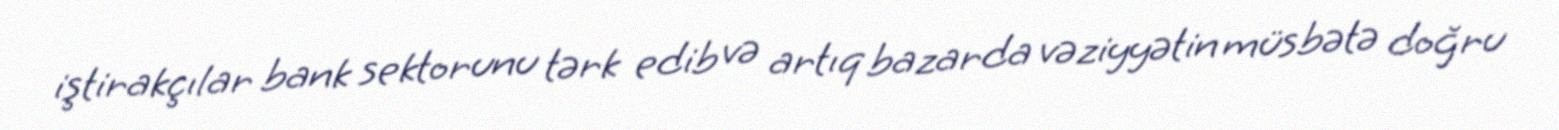
iştirakçılar bank sektorunu tərk edib və artıq bazarda vəziyyətin müsbətə doğru